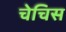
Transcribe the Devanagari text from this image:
चेचिस